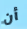
أن